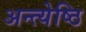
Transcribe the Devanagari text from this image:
अन्त्येष्ठि